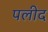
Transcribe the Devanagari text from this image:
पलीद